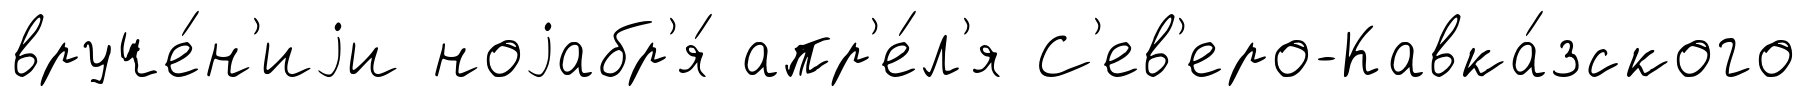
вруче́н'иjи ноjабр'я́ апр'е́л'я С'ев'еро-Кавка́зского